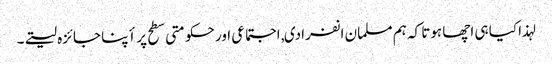
لہذا کیا ہی اچھا ہوتا کہ ہم مسلمان انفرادی, اجتماعی اور حکومتی سطح پر أپنا جائزہ لیتے۔